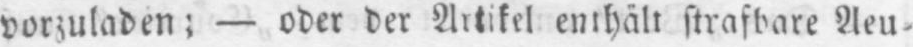
vorzuladen; - oder der Artikel enthält strafbare Aeu⸗